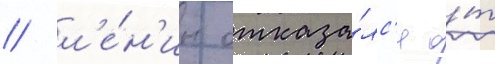
/ л'е́н'ин отказа́лс'я о́т